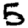
Digit: 5